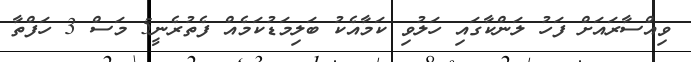
ވިއްސާރައަށް ފަހު ލަންކާގައި ހަލުވި ކަމާއެކު ބަލިމަޑުކަމެއް ފެތުރެނީ5 މަސް 3 ހަފްތާ